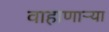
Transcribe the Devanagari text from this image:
वाहाणाऱ्या